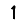
Digit: 1